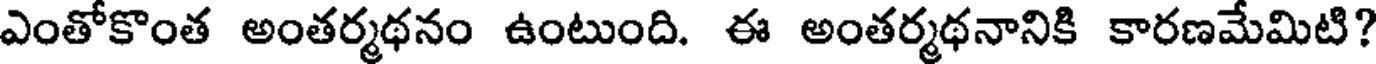
ఎంతోకొంత అంతర్మథనం ఉంటుంది. ఈ అంతర్మథనానికి కారణమేమిటి?